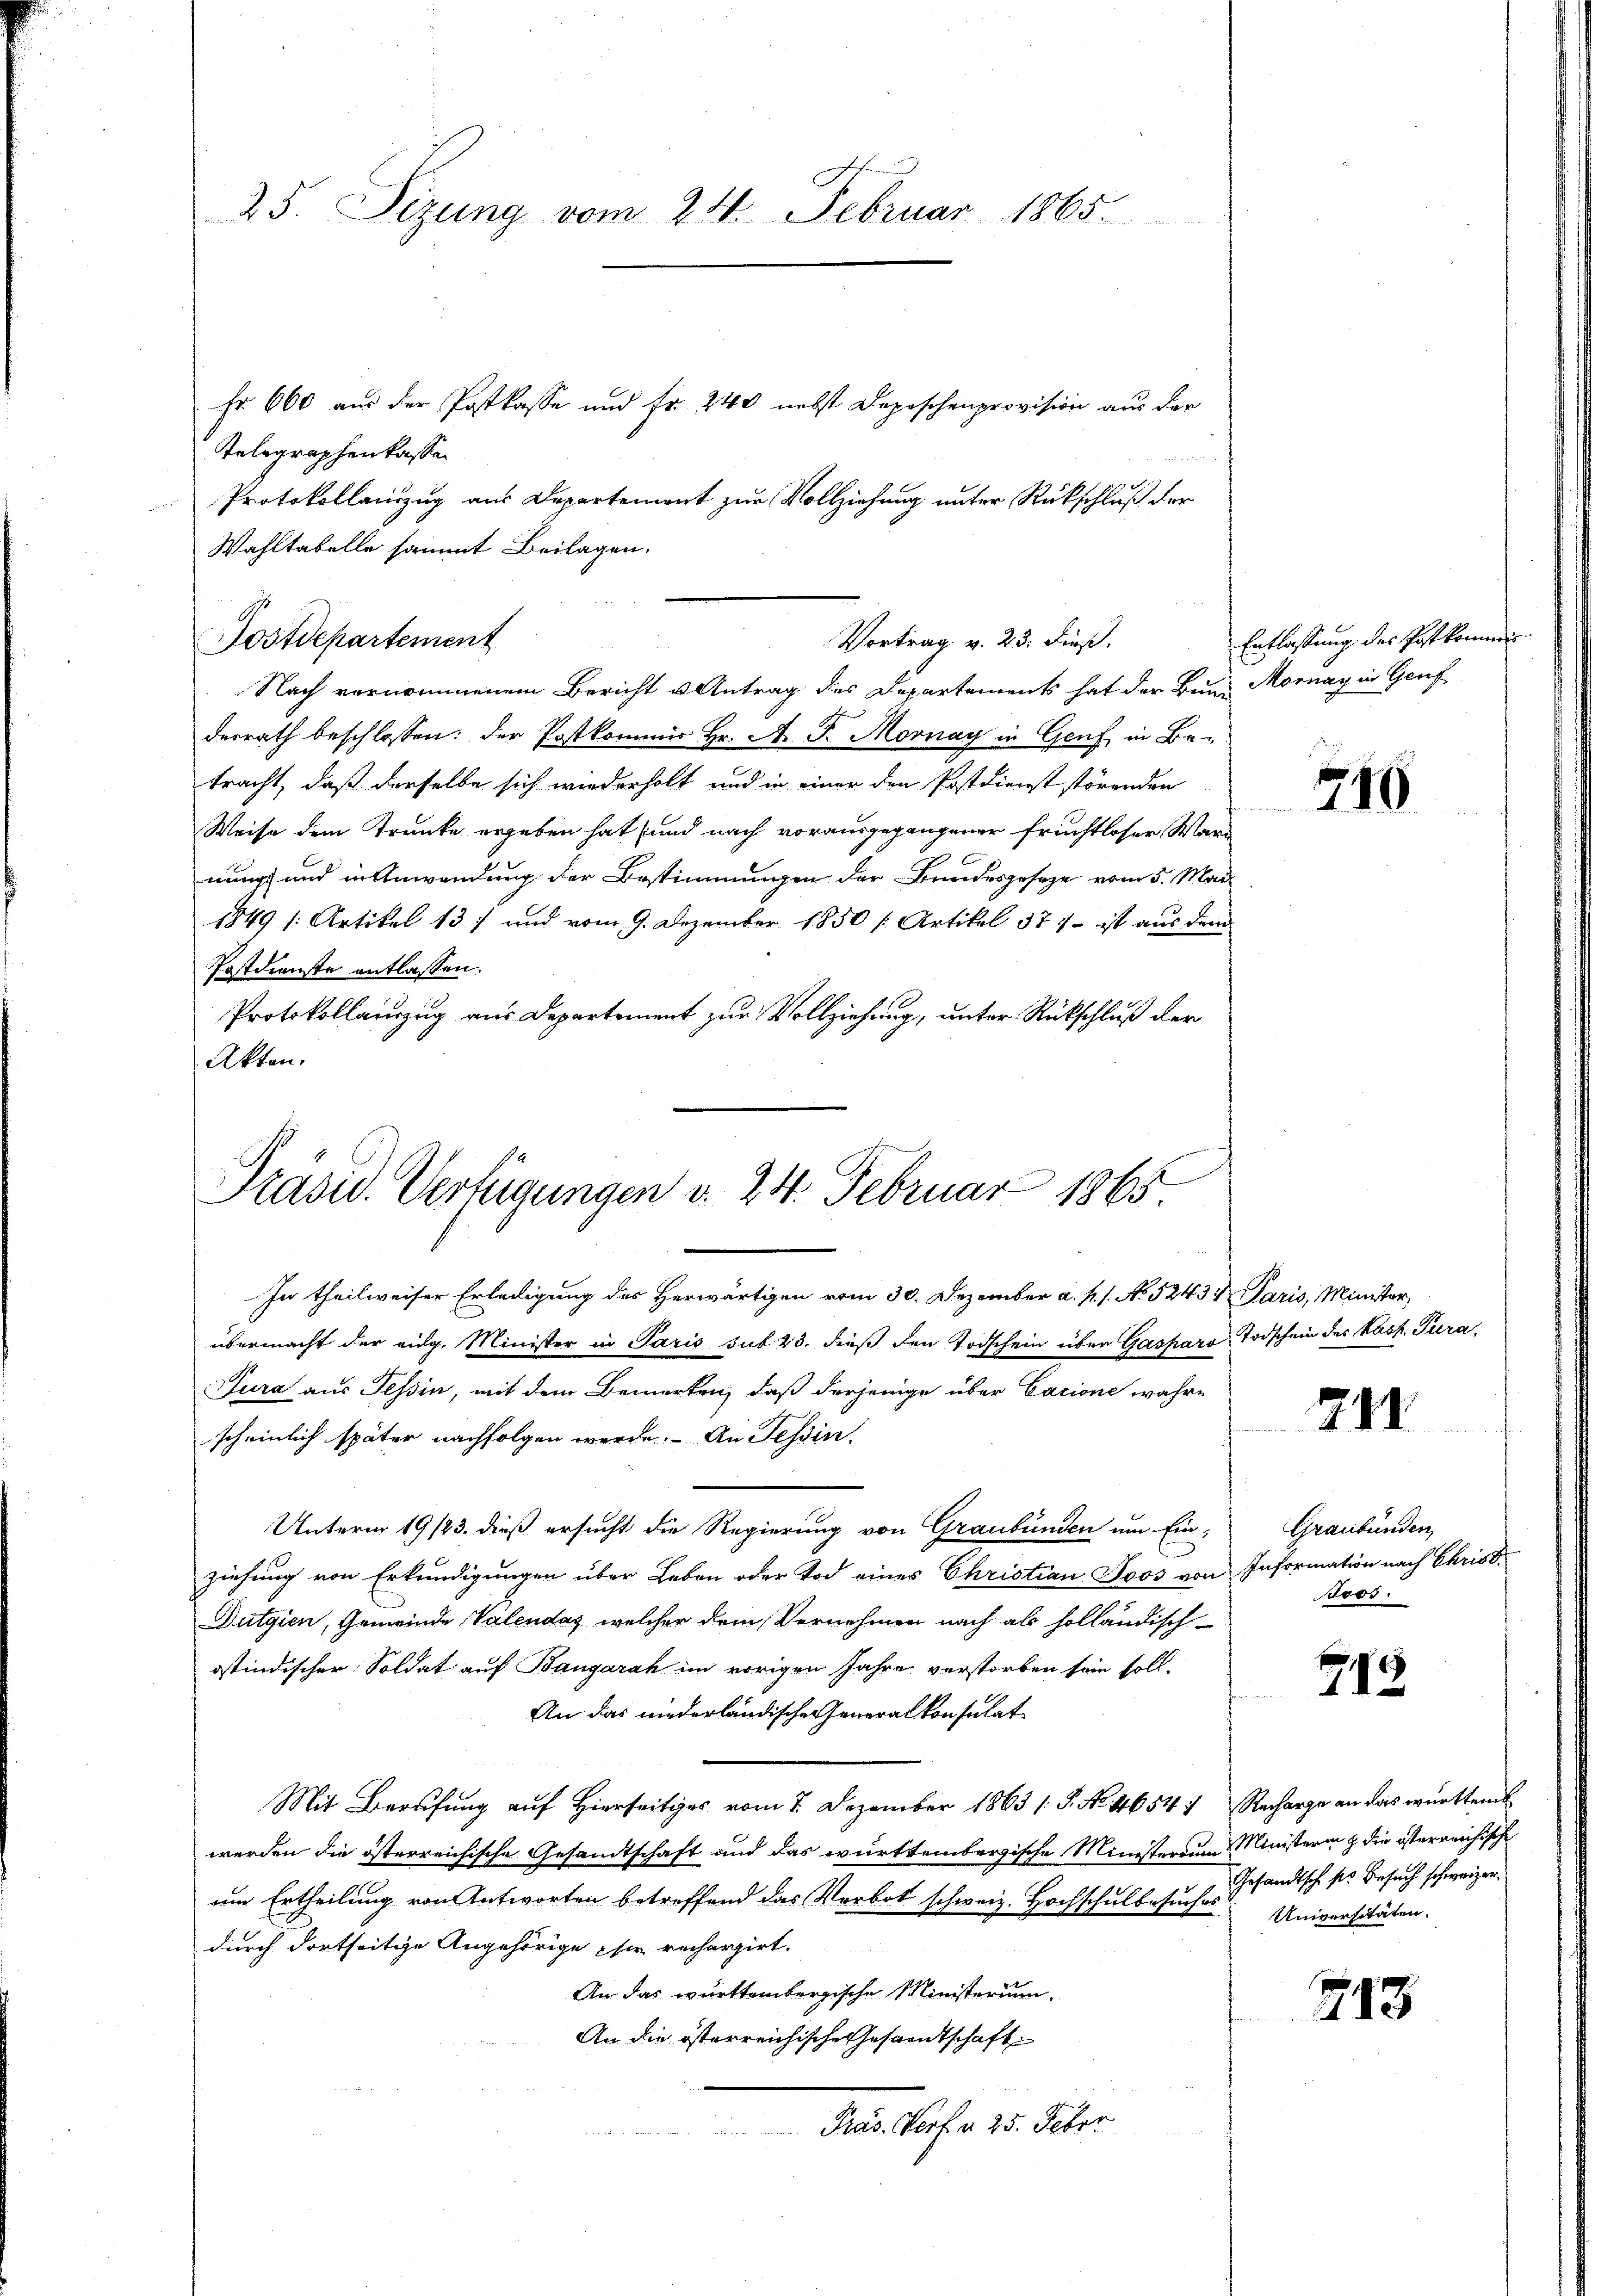
25. Sizung vom 24. Februar 1865.

Telegraphenkasse
Protokollauszug aus Departement zur Vollziehung unter Rückschluß der
Wahltabelle sammt Beilagen.
Postdepartement
Nach vernommenem Bericht u Antrag des Departements hat der Bund Mornay in Genf
desrath beschlossen: der Postkommer Hr. A. F. Mornay in Genf in Be-
tracht, daß derselbe sich wiederholt und in einer den Postdienst störenden
Weise dem Trunke ergeben hat und nach vorausgegangener Fruchtloser Ward
nung und in Anwendung der Bestimmungen der Bundesgeseze vom 5. Mai
1849 [Artikel 131 und vom 9. Dezember 1850 [Artikel 377 - ist aus dem
Postdienste entlassen.
Protokollauszug aus Departement zur Vollziehung, unter Rückschluß der
Akten.

Fr. 600 aus der Postkasse und fr. 240 nebst Deposchenprovision aus der

Vortrag v. 23. dieß.

Präsid. Verfügungen v. 24. Februar 1865
In theilweiser Erledigung des Herwärtigen vom 30. Dezember a. p. s. No 5243 n Paris, Minister,

übermacht der eidg. Minister in Paris sub 23. dieß den Todschein über Gasparo Todschein des Kasp. Para
Jura aus Tessin, mit dem Bemerken, daß derjenige über Cacione wahre
scheinlich später nachfolgen werde. An Tessin.
Unterm 19/23. dieß ersucht die Regierung von Graubünden um Ein-
ziehung von Erkundigungen über Leben oder Tod eines Christian Joos von Information nach Chris
Dutgien, Gemeinde Valendas, welcher dem Vernehmen nach als holländisch-
ostindischer Soldat auf Baugarah im vorigen Jahre verstorben sein soll.
An das niederländische Generalkonsulat
Mit Berufung auf Hierseit vom 7. Dezember 1863 /: P. Nr. 1654 : Recharge an das württemb
werden die österreichische Gesandtschaft und das württembergische Ministerium Ministerin & die österreichische
um Ertheilung von Antworten betreffend das Verbot schweiz. Hochschulbesuches
durch dortseitige Angehörige sie recherzirt.
An das württembergische Ministerium
An die österreichische Gesandtschaft
Präs. Vert a. 25. Feber

Entlassung des Postkomm

715

218

Graubünden,
teos.

719

Gesandtsch s. Besuch schweizer.
Universitäten.

713